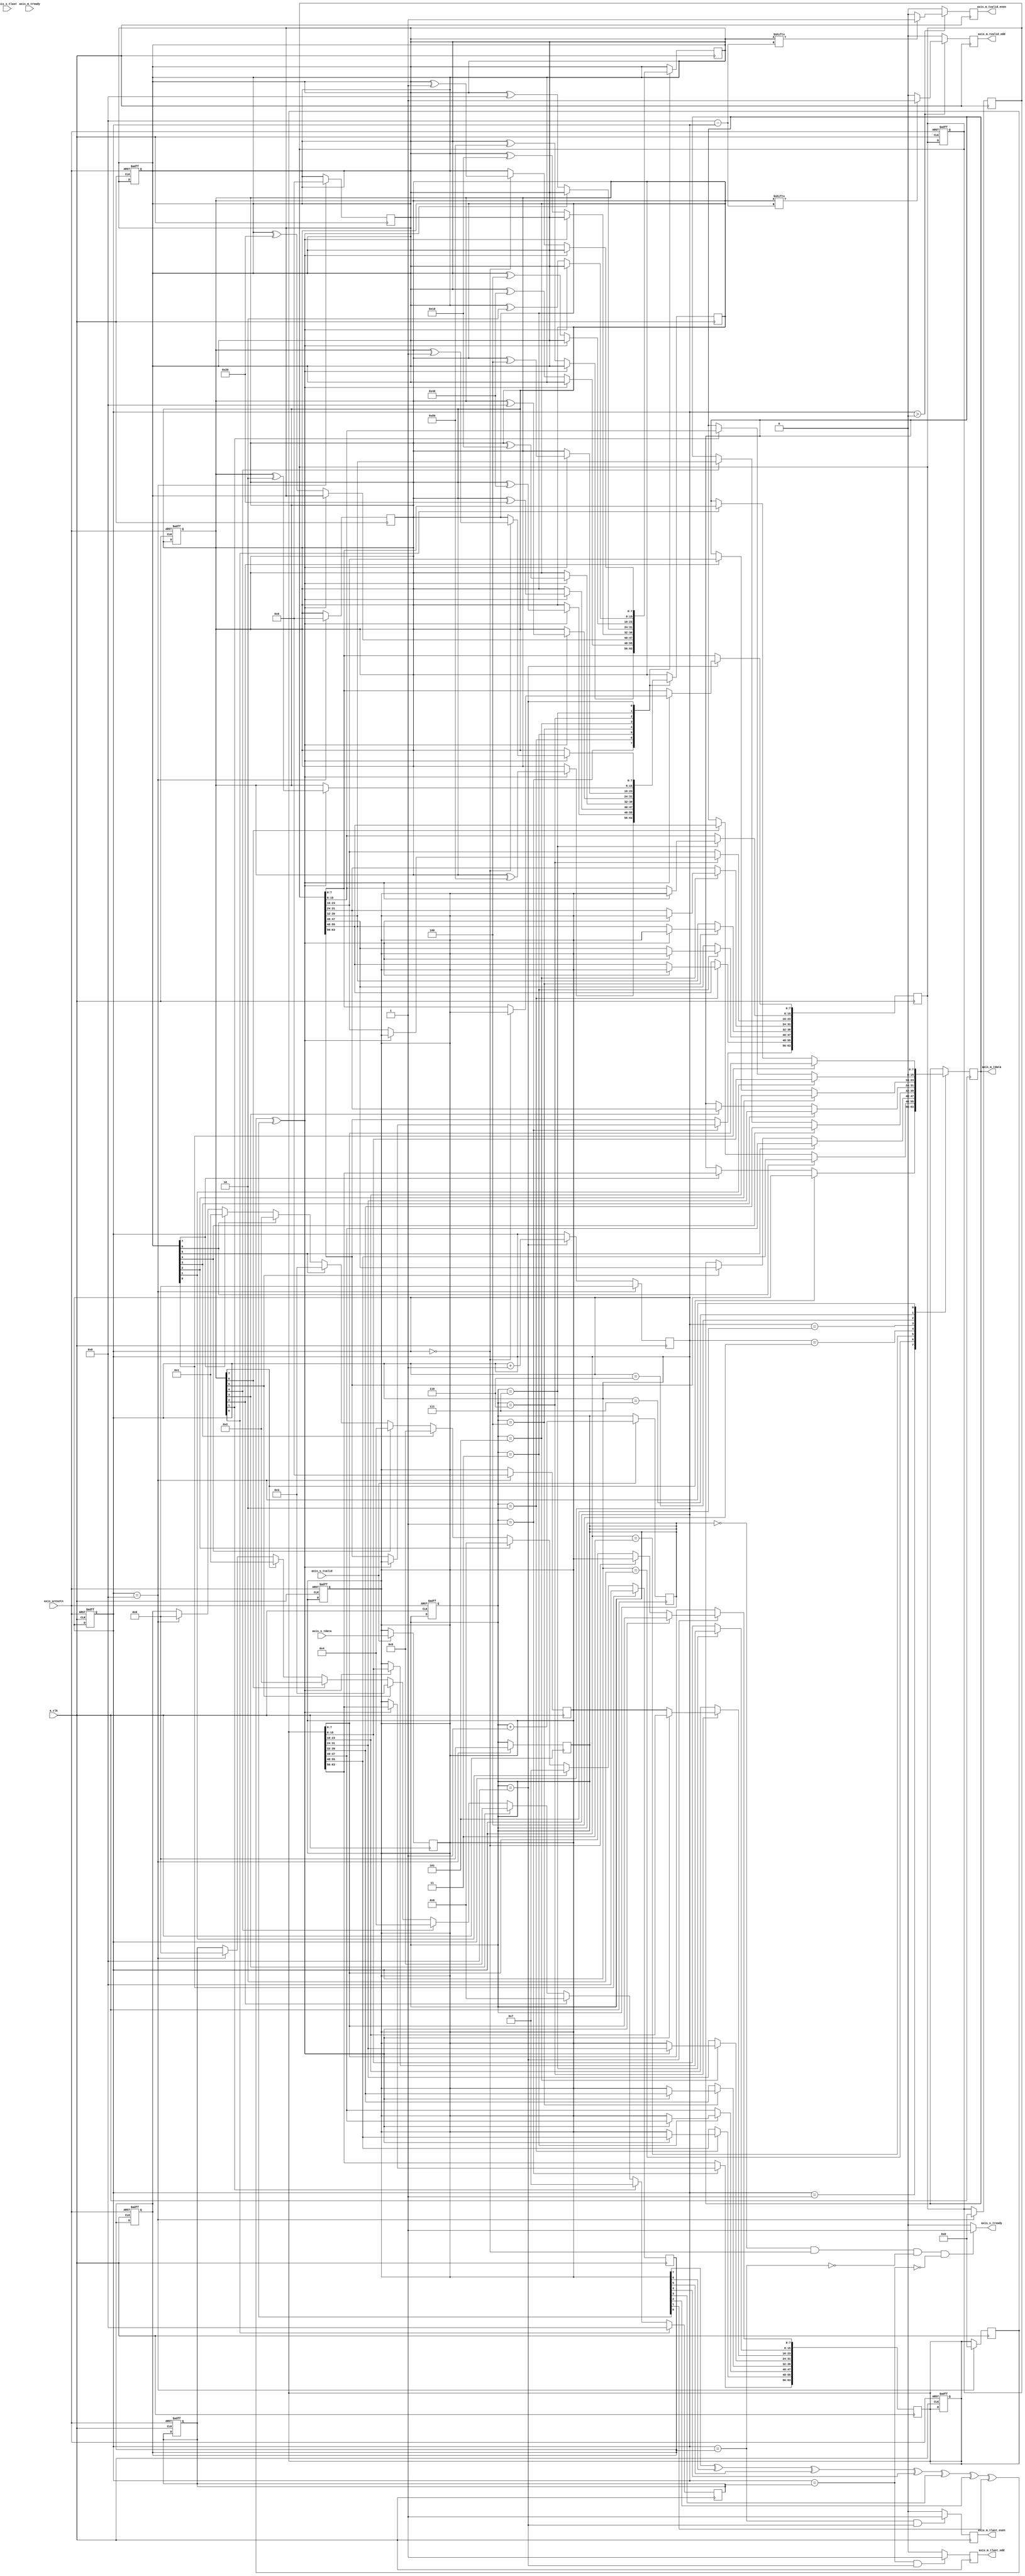
module data_parity_filter(
    a_clk,
    axis_aresetn,
    axis_m_tready,
    axis_s_tready,
    axis_m_tdata,

    // master
    axis_m_tvalid_odd,
    axis_m_tlast_odd,
    axis_m_tvalid_even,
    axis_m_tlast_even,
    
    // slave
    axis_s_tvalid,
    axis_s_tdata,
    axis_s_tlast);

// global signals
input            a_clk;
input            axis_aresetn;

input 			 axis_m_tready; // master
output reg		 axis_s_tready; // slave

output reg [7:0] axis_m_tdata;  // master


// master signals
// odd output interface
output reg    	 axis_m_tvalid_odd; 
output reg		 axis_m_tlast_odd;

// even output interface
output reg    	 axis_m_tvalid_even; 
output reg		 axis_m_tlast_even;

// slave signals
input             axis_s_tvalid;
input      [7:0]  axis_s_tdata;
input 			  axis_s_tlast;

// control regs and wires
wire w_parity;

reg [3:0] r_counter_control_receiver;
reg [3:0] r_counter_control_transceiver;

reg [3:0] r_tlast_even;
reg [3:0] r_tlast_odd;


// regs of data

reg [7:0] r_data;

reg [63:0] r_even_bytes;
reg [63:0] r_odd_bytes;

reg [7:0] r_even_flag;
reg [7:0] r_odd_flag;

// Combinational logic
assign w_parity = r_data[7] ^ r_data[6] ^ r_data[5] ^ r_data[4] ^ r_data[3] ^ r_data[2] ^ r_data[1] ^ r_data[0];
assign axis_s_tready = (r_counter_control_receiver == 0) &&
                       (r_counter_control_transceiver == 0) &&
                       (!(r_counter_control_transceiver == r_tlast_even)) && 
                       (!(r_counter_control_transceiver == r_tlast_odd)) ? 1'b1 : 1'b0;

// Procedural blocks, sequential logic

// reset the device

always @(posedge a_clk or negedge axis_aresetn)
begin

    if (!axis_aresetn) begin
        r_counter_control_receiver <= 4'd0;
        r_counter_control_transceiver <= 4'd0;
        
        r_even_bytes <= 64'd0;
        r_odd_bytes <= 64'd0;

        r_even_flag <= 8'd0;
        r_odd_flag <= 8'd0;

        r_tlast_even <= 4'd0;
        r_tlast_odd <= 8'd0;

        r_data <= 8'd0;
    end

end

// reveive and store data
always @(posedge a_clk)
begin

    if (axis_s_tvalid) begin
        r_data <= axis_s_tdata;
        r_counter_control_receiver <= r_counter_control_receiver + 1;
    end

    case(r_counter_control_receiver)
                8'd1    : begin 
                            if(w_parity) begin
                                r_odd_bytes[63:56] = r_data;
                                r_odd_flag <= r_odd_flag ^ 8'b10000000;
                            end else begin 
                                r_even_bytes[63:56] = r_data;
                                r_even_flag <= r_even_flag ^ 8'b10000000;
                            end
                        end
                8'd2    : begin 
                            if(w_parity) begin
                                r_odd_bytes[55:48] = r_data;
                                r_odd_flag <= r_odd_flag ^ 8'b01000000;
                            end else begin 
                                r_even_bytes[55:48] = r_data;
                                r_even_flag <= r_even_flag ^ 8'b01000000;
                            end
                        end 
                8'd3    : begin
                            if(w_parity) begin
                                r_odd_bytes[47:40] = r_data; 
                                r_odd_flag <= r_odd_flag ^ 8'b00100000;
                            end else begin
                                r_even_bytes[47:40] = r_data;
                                r_even_flag <= r_even_flag ^ 8'b00100000;
                            end
                        end
                8'd4    : begin 
                            if(w_parity) begin
                                r_odd_bytes[39:32] = r_data;
                                r_odd_flag <= r_odd_flag ^ 8'b00010000;
                            end else begin 
                                r_even_bytes[39:32] = r_data;
                                r_even_flag <= r_even_flag ^ 8'b00010000;
                            end
                        end
                8'd5    : begin 
                            if(w_parity) begin 
                                r_odd_bytes[31:24] = r_data;
                                r_odd_flag <= r_odd_flag ^ 8'b00001000;
                            end else begin
                                r_even_bytes[31:24] = r_data;
                                r_even_flag <= r_even_flag ^ 8'b00001000;
                            end
                        end
                8'd6    : begin 
                            if(w_parity) begin
                                r_odd_bytes[23:16] = r_data;
                                r_odd_flag <= r_odd_flag ^ 8'b00000100;
                            end else begin
                                r_even_bytes[23:16] = r_data;
                                r_even_flag <= r_even_flag ^ 8'b00000100;
                            end
                        end
                8'd7    : begin 
                            if(w_parity) begin
                                r_odd_bytes[15:8]  = r_data;
                                r_odd_flag <= r_odd_flag ^ 8'b00000010;
                            end else begin 
                                r_even_bytes[15:8]  = r_data;
                                r_even_flag <= r_even_flag ^ 8'b00000010;
                            end
                        end
                8'd8    : begin 
                            if(w_parity) begin
                                if(r_counter_control_transceiver == 4'd0) begin
                                    r_odd_bytes[7:0]   = r_data;
                                    r_odd_flag <= r_odd_flag ^ 8'b00000001;
                                end
                            end else begin 
                                if(r_counter_control_transceiver == 4'd0) begin
                                    r_even_bytes[7:0]   = r_data;
                                    r_even_flag <= r_even_flag ^ 8'b00000001;
                                end
                            end
                        end
            endcase
end


// transceive data

always @(posedge a_clk)
begin

    if(r_counter_control_receiver == 8'd8) begin
        r_counter_control_transceiver <= r_counter_control_transceiver + 1;
    end

    if(r_counter_control_transceiver > 8'd0) begin
        if(r_even_flag[8-r_counter_control_transceiver]) begin
            axis_m_tvalid_even <= 1'b1;
        end else begin 
            axis_m_tvalid_even <= 1'b0;
        end

        if(r_odd_flag[8-r_counter_control_transceiver]) begin
            axis_m_tvalid_odd <= 1'b1;
        end else begin
            axis_m_tvalid_odd <= 1'b0;
        end
    end else begin
        axis_m_tvalid_even <= 1'b0;
        axis_m_tvalid_odd <= 1'b0;
    end


    case(r_counter_control_transceiver)
    8'd1    :   begin
                    if(r_even_flag[7])
                        axis_m_tdata <= r_even_bytes[63:56];
                    if(r_odd_flag[7]) 
                        axis_m_tdata <= r_odd_bytes[63:56];
                end
    8'd2    :   begin
                    if(r_even_flag[6])
                        axis_m_tdata <= r_even_bytes[55:48];
                    else if(r_odd_flag[6]) 
                        axis_m_tdata <= r_odd_bytes[55:48];
                end
    8'd3    :   begin
                    if(r_even_flag[5])
                        axis_m_tdata <= r_even_bytes[47:40];
                    else if(r_odd_flag[5]) 
                        axis_m_tdata <= r_odd_bytes[47:40];
                end
    8'd4    :   begin
                    if(r_even_flag[4])
                        axis_m_tdata <= r_even_bytes[39:32];
                    else if(r_odd_flag[4]) 
                        axis_m_tdata <= r_odd_bytes[39:32];
                end
    8'd5    :   begin
                    if(r_even_flag[3])
                        axis_m_tdata <= r_even_bytes[31:24];
                    else if(r_odd_flag[3]) 
                        axis_m_tdata <= r_odd_bytes[31:24];
                end
    8'd6    :   begin
                    if(r_even_flag[2])
                        axis_m_tdata <= r_even_bytes[23:16];
                    else if(r_odd_flag[2]) 
                        axis_m_tdata <= r_odd_bytes[23:16];
                end
    8'd7    :   begin
                    if(r_even_flag[1])
                        axis_m_tdata <= r_even_bytes[15:8];
                    else if(r_odd_flag[1]) 
                        axis_m_tdata <= r_odd_bytes[15:8];
                end
    8'd8    :   begin
                    if(r_even_flag[0])
                        axis_m_tdata <= r_even_bytes[7:0];
                    else if(r_odd_flag[0]) 
                        axis_m_tdata <= r_odd_bytes[7:0];
                    r_counter_control_receiver <= 4'd0;
                    r_counter_control_transceiver <= 4'd0;
                    
                    r_even_bytes <= 64'd0;
                    r_odd_bytes <= 64'd0;

                    r_even_flag <= 8'd0;
                    r_odd_flag <= 8'd0;

                    r_tlast_even <= 4'd0;
                    r_tlast_odd <= 8'd0;

                    r_data <= 8'd0;
                    
                end
    endcase

    if(r_even_flag[0] == 1'b1)
        r_tlast_even <= 8;
    else if(r_even_flag[1] == 1'b1)
        r_tlast_even <= 7;
    else if(r_even_flag[2] == 1'b1)
        r_tlast_even <= 6;
    else if(r_even_flag[3] == 1'b1)
        r_tlast_even <= 5;
    else if(r_even_flag[4] == 1'b1)
        r_tlast_even <= 4;    
    else if(r_even_flag[5] == 1'b1)
        r_tlast_even <= 3;
    else if(r_even_flag[6] == 1'b1)
        r_tlast_even <= 2;
    else if(r_even_flag[7] == 1'b1)
        r_tlast_even <= 1;


    if(r_odd_flag[0] == 1'b1)
        r_tlast_odd <= 8;
    else if(r_odd_flag[1] == 1'b1)
        r_tlast_odd <= 7;
    else if(r_odd_flag[2] == 1'b1)
        r_tlast_odd <= 6;
    else if(r_odd_flag[3] == 1'b1)
        r_tlast_odd <= 5;
    else if(r_odd_flag[4] == 1'b1)
        r_tlast_odd <= 4;    
    else if(r_odd_flag[5] == 1'b1)
        r_tlast_odd <= 3;
    else if(r_odd_flag[6] == 1'b1)
        r_tlast_odd <= 2;
    else if(r_odd_flag[7] == 1'b1)
        r_tlast_odd <= 1;

    if ((r_counter_control_transceiver == r_tlast_odd) && (r_counter_control_receiver == 8))
        axis_m_tlast_odd <= 1;
    else 
        axis_m_tlast_odd <= 0;


    if ((r_counter_control_transceiver == r_tlast_even) && (r_counter_control_receiver == 8))
        axis_m_tlast_even <= 1;
    else 
        axis_m_tlast_even <= 0;


end

endmodule